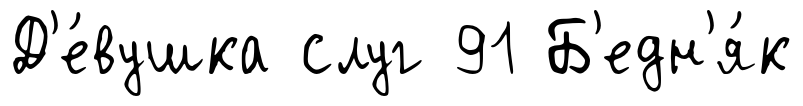
Д'е́вушка слуг 91 Б'едн'я́к